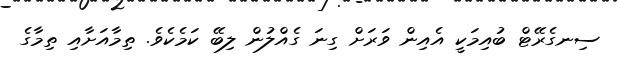
ސިނގެރޭޓް ބުއިމަކީ އެއިން ވަރަށް ގިނަ ގެއްލުން ލިބޭ ކަމެކެވެ. ތިމާއަށާއި ތިމާގެ